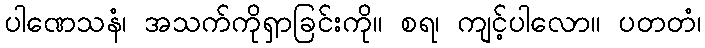
ပါဏေသနံ၊ အသက်ကိုရှာခြင်းကို။ စရ၊ ကျင့်ပါလော။ ပတတံ၊